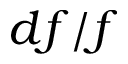
d f / f